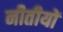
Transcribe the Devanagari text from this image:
नीतीयों